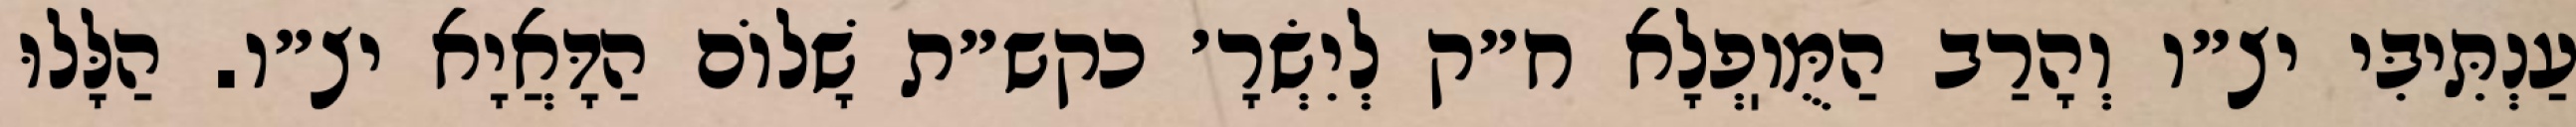
עַנְתִּיבִּי יצ״ו וְהָרַב הַמֻּוֽפְלָא ח״ק לְיִשְׂרָ׳ כקש״ת שָׁלוֹם הַדָּאֲיָא יצ״ו. הַלָּלוּ